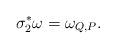
LaTeX: \begin{align*}\sigma_{2}^{*}\omega=\omega_{Q,P}.\end{align*}